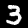
Label: 3